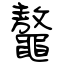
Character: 鼇